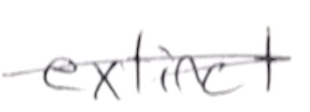
Text: extinct
Cross-out: mix
Writing tool: pencil